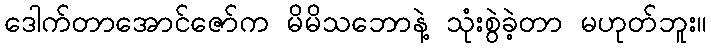
ဒေါက်တာအောင်ဇော်က မိမိသဘောနဲ့ သုံးစွဲခဲ့တာ မဟုတ်ဘူး။